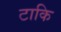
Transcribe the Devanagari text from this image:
टाकि